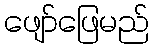
ဖျော်ဖြေမည်